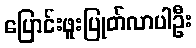
ပြောင်းဖူးပြုတ်လာပါဦး